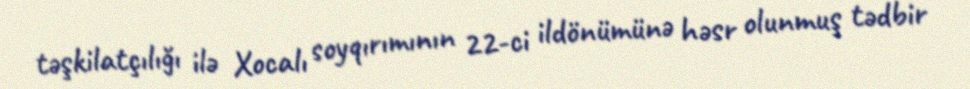
təşkilatçılığı ilə Xocalı soyqırımının 22-ci ildönümünə həsr olunmuş tədbir